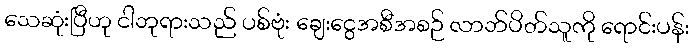
သေဆုံးပြီဟု ငါဘုရားသည် ပစ်ဗုံး ချေးငွေအစီအစဉ် လာဘ်ပိတ်သူကို ရောင်းပန်း